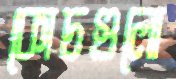
কোচগুলো